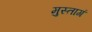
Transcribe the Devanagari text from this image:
मुस्तागं